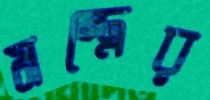
মন্ত্রের